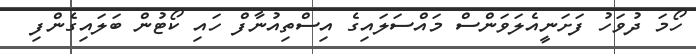
ހޯމަ ދުވަހު ފަށަނީއެލަވަންސް މައްސަލައިގެ އިސްތިއުނާފް ހައި ކޯޓުން ބަލައިގެންފި